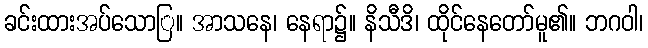
ခင်းထားအပ်သောြ။ အာသနေ၊ နေရာ၌။ နိသီဒိ၊ ထိုင်နေတော်မူ၏။ ဘဂဝါ၊